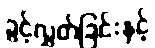
ခွင့်လွှတ်ခြင်းနှင့်